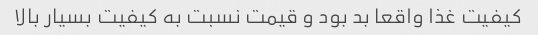
کیفیت غذا واقعا بد بود و قیمت نسبت به کیفیت بسیار بالا